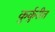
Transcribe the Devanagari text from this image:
कुर्कुरीत